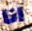
انا